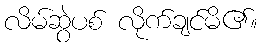
လိမ်ဆွဲပစ် လိုက်ချင်မိ၏။